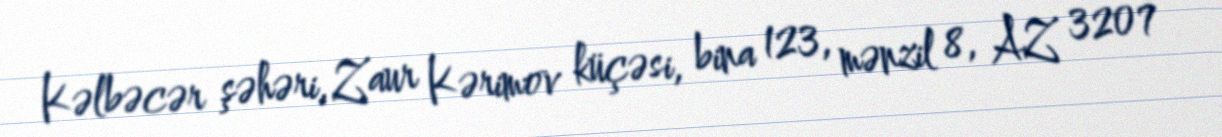
Kəlbəcər şəhəri, Zaur Kərimov küçəsi, bina 123, mənzil 8, AZ 3207